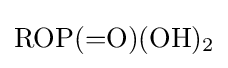
{\mathrm {ROP} ({=}\mathrm {O} )(\mathrm {OH} ){\vphantom {A}}_{\smash[{t}]{2}}}